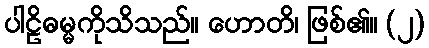
ပါဠိဓမ္မကိုသိသည်။ ဟောတိ၊ ဖြစ်၏။ (၂)